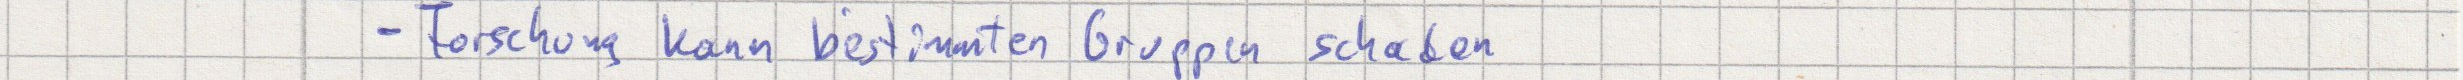
- Forschung kann bestimmten Gruppen schaden